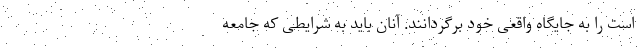
است را به جایگاه واقعی خود برگردانند. آنان باید به شرایطی که جامعه